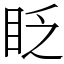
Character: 眨